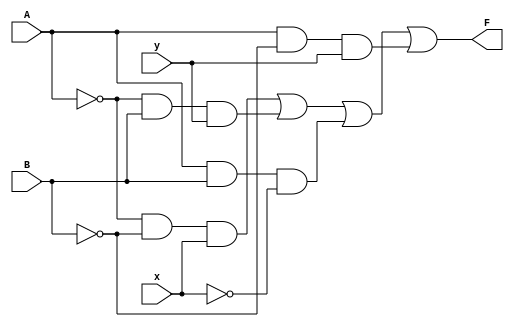
module multiFunction3(A,B,x,y,F);
input A,B,x,y;
output F;
assign F = (~A&~B&x)|(~A&B&y)|(A&B&~x)|(A&~B&y);
endmodule